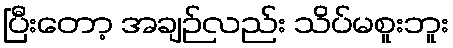
ပြီးတော့ အချဉ်လည်း သိပ်မစူးဘူး